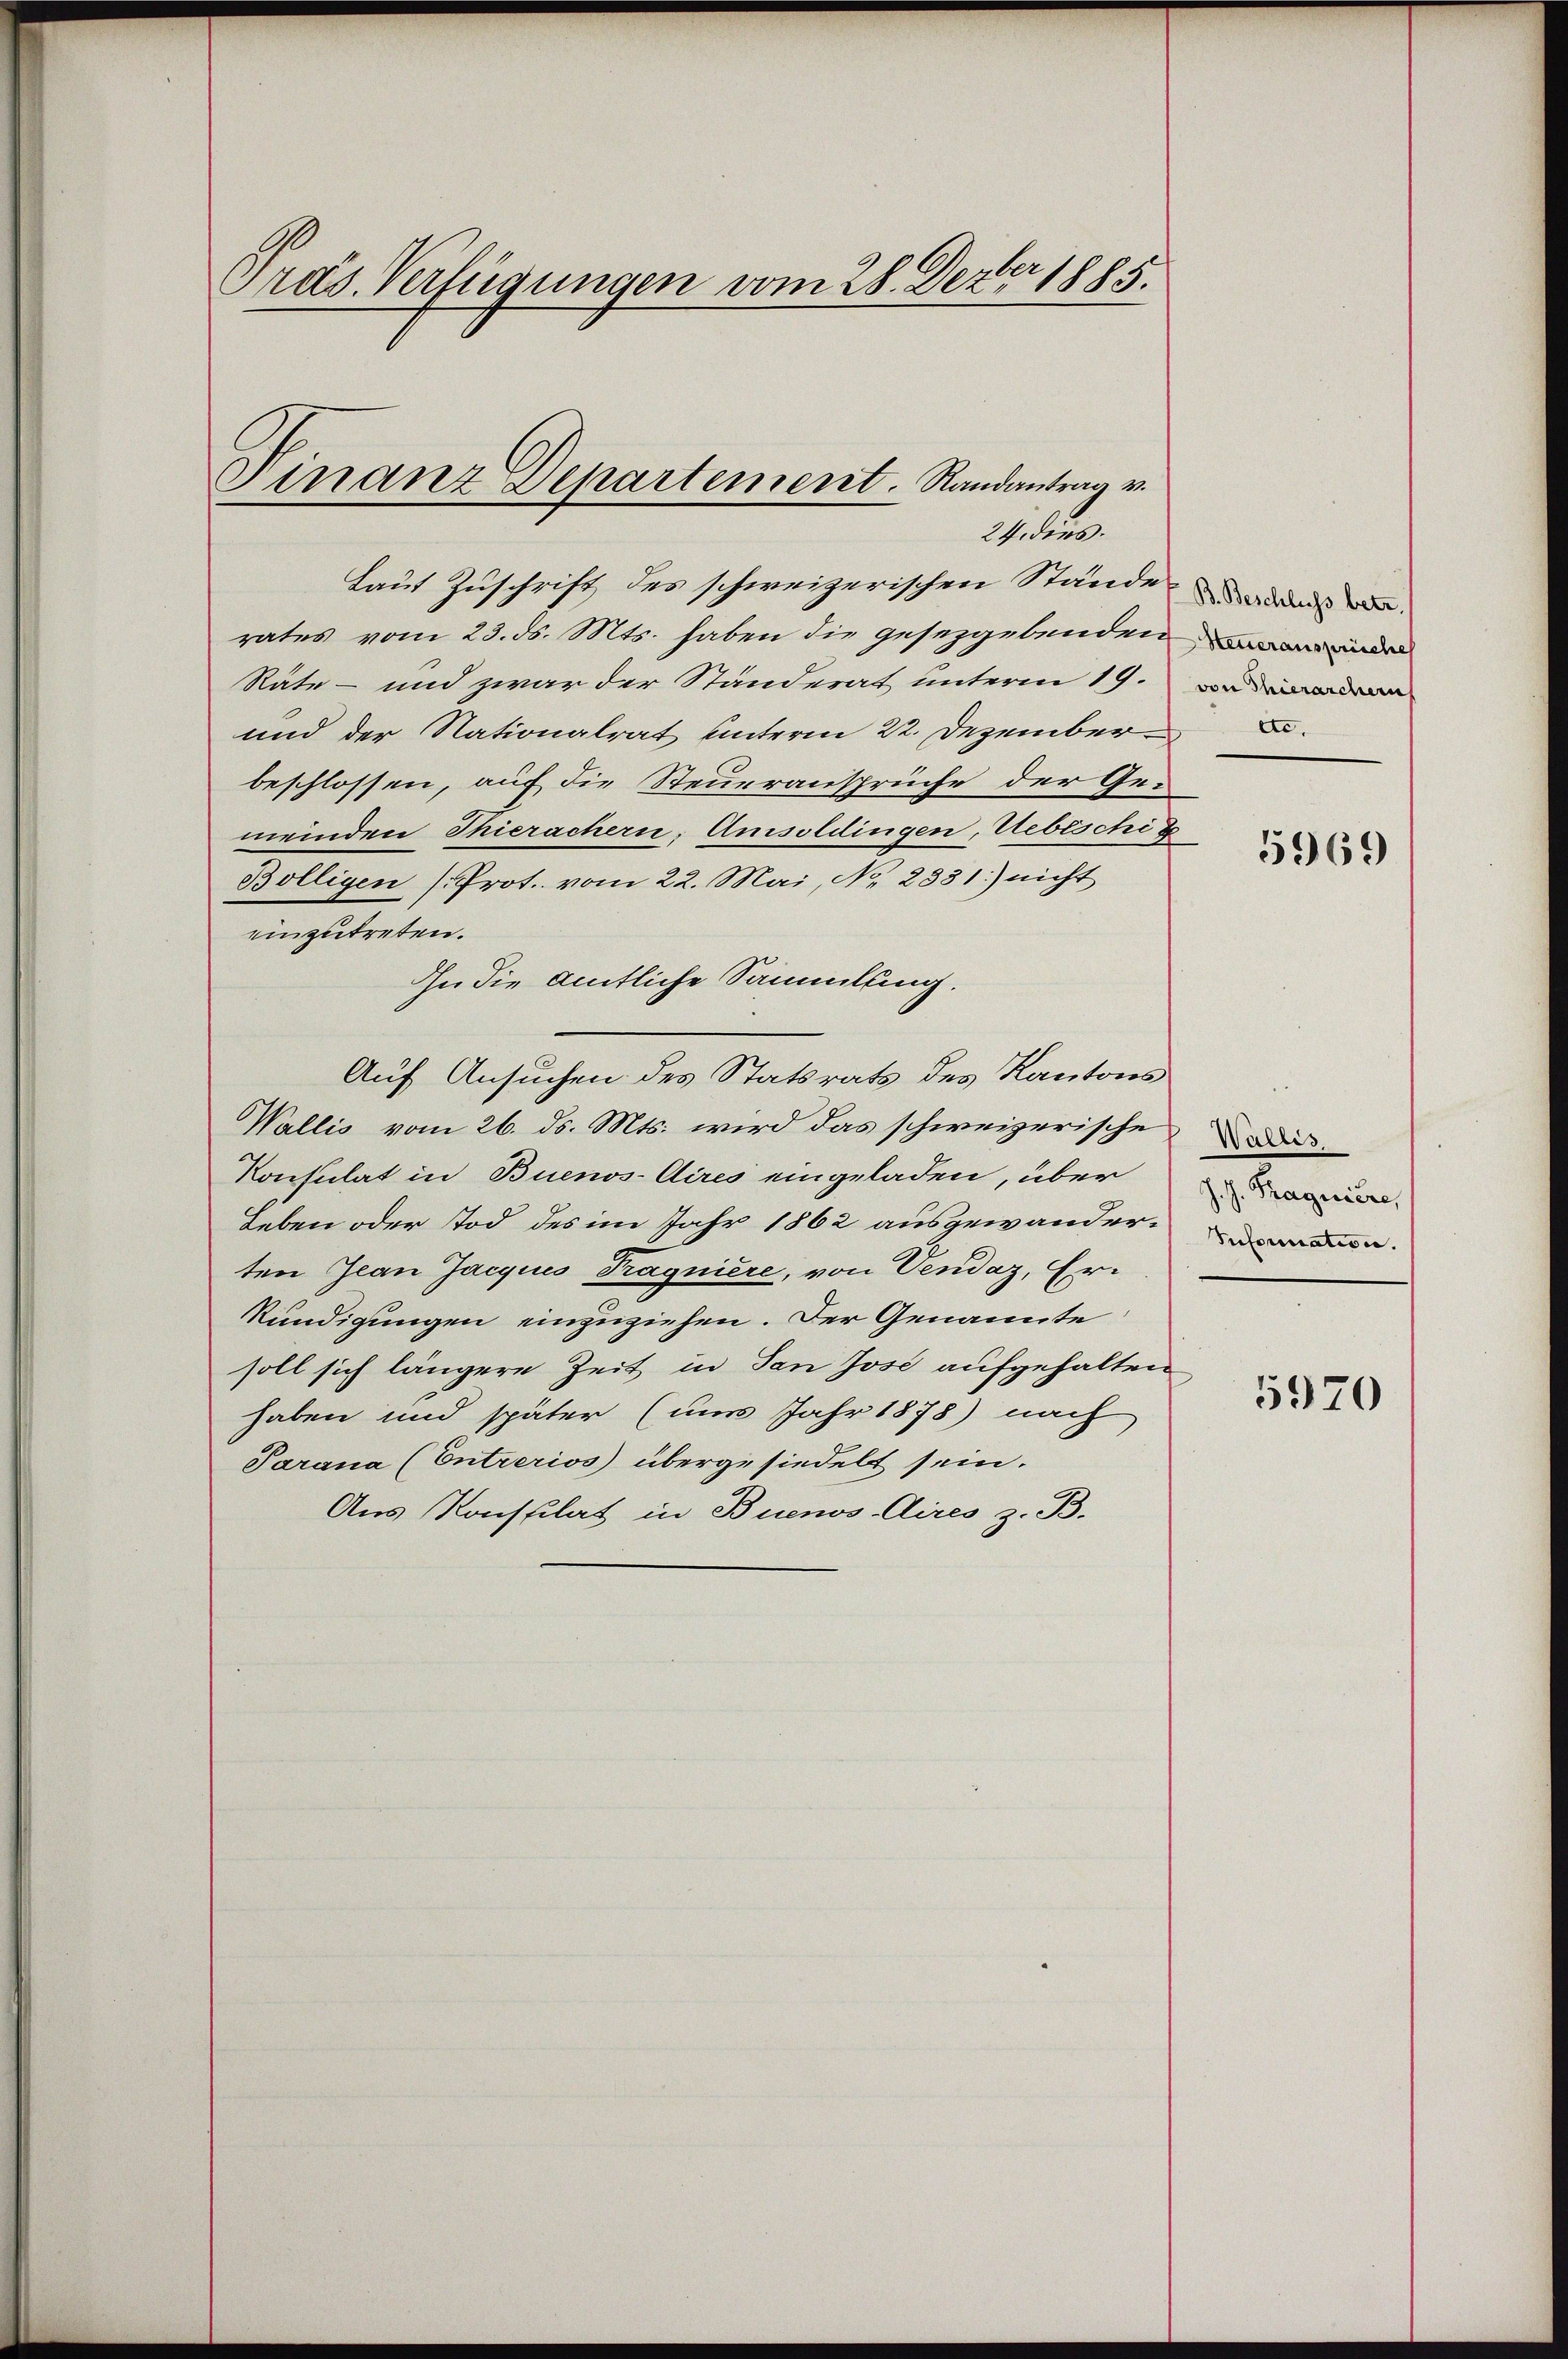
Präs. Verfügungen vom 28. Dezer 1885.
Finanz Departement. Randantrag v.
24. dies.

Laut Zuschrift des schweizerischen Stände das de
rates vom 23. ds. Mts. haben die gesezgebenden der
Räte - und zwar der Ständerat unterm 19. Da inde
und der Nationalrat unterm 22. Dezember
beschlossen, auf die Steueransprüche der Gemeinden Thierachern, Amsoldingen, Uebeschie
Bölligen (Prot. vom 22. Mai, No. 2831.) nicht
einzutreten.
Ihn die amtliche Sammlung.
Auf Ansuchen des Statsrats des Kantons
Wallis vom 26. ds. Mts. wird das schweizerische
Konsulat in Buenos-Aires eingeladen, über
Leben oder Tod des im Jahr 1862 ausgewanderten Jean Jacquis Tragniere, von Vendaz, Er¬
Kündigungen einzuziehen. Der Genannte
soll sich längere Zeit in dan Jose aufgehalten
haben und später (um Jahr 1878 nach
Parana (Entrerios) übergesiedelt sein.
Aus Konsplat in Buenos-Aires z. B.

5969

Wallis
J. J. Tragniere,
Infornation.

5970